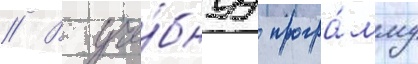
// В уче́бнуу програ́мму